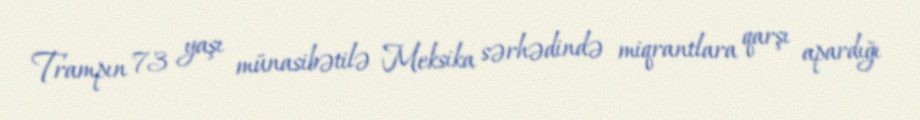
Trampın 73 yaşı münasibətilə Meksika sərhədində miqrantlara qarşı apardığı